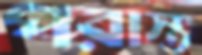
পরাস্ত